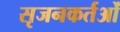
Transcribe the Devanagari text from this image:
सृजनकर्तओं